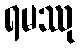
ရမဿု